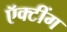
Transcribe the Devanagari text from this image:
ऍक्टींग